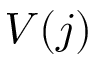
V ( j )